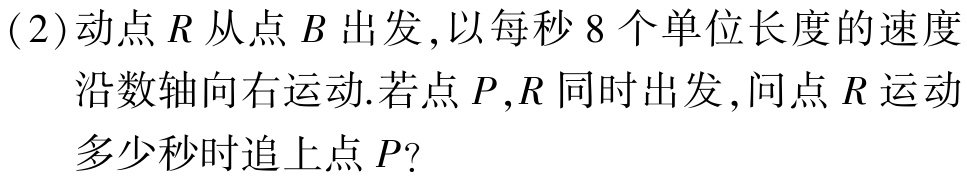
(2)动点\(R\)从点\(B\)出发,以每秒\(8\)个单位长度的速度

沿数轴向右运动.若点\(P,R\)同时出发,问点\(R\)运动

多少秒时追上点\(P?\)